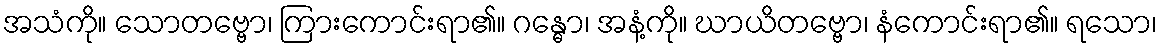
အသံကို။ သောတဗ္ဗော၊ ကြားကောင်းရာ၏။ ဂန္ဓော၊ အနံ့ကို။ ဃာယိတဗ္ဗော၊ နံကောင်းရာ၏။ ရသော၊